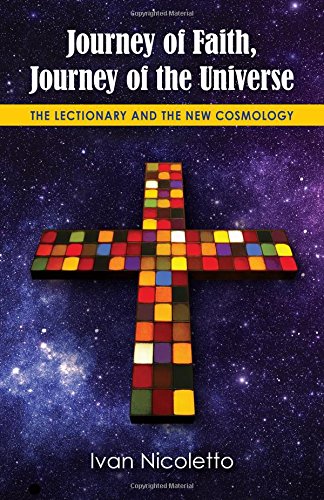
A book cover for Journey of Faith, Journey of the Universe: The Lectionary and the New Cosmology; Ivan Nicoletto; Christian Books & Bibles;